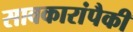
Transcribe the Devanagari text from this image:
सावकारांपैकी